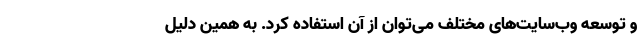
و توسعه وب‌سایت‌های مختلف می‌توان از آن استفاده کرد. به همین دلیل